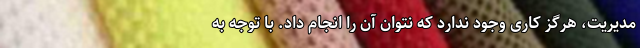
مدیریت، هرگز کاری وجود ندارد که نتوان آن را انجام داد. با توجه به